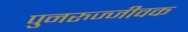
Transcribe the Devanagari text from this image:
पुनरुज्जीवक